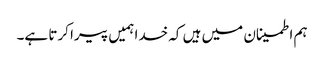
ہم اطمینان میں ہیں کہ خدا ہمیں پیرا کرتا ہے۔